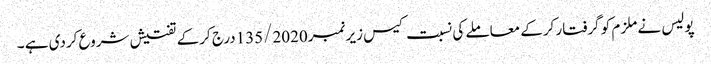
پولیس نے ملزم کو گرفتار کرکے معاملے کی نسبت کیس زیر نمبر135/2020درج کرکے تفتیش شروع کردی ہے ۔